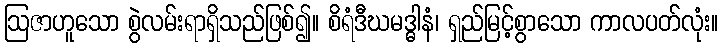
ဩဇာဟူသော စွဲလမ်းရာရှိသည်ဖြစ်၍။ စိရံဒီဃမဒ္ဓါနံ၊ ရှည်မြင့်စွာသော ကာလပတ်လုံး။